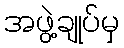
အဖွဲ့ချုပ်မှ